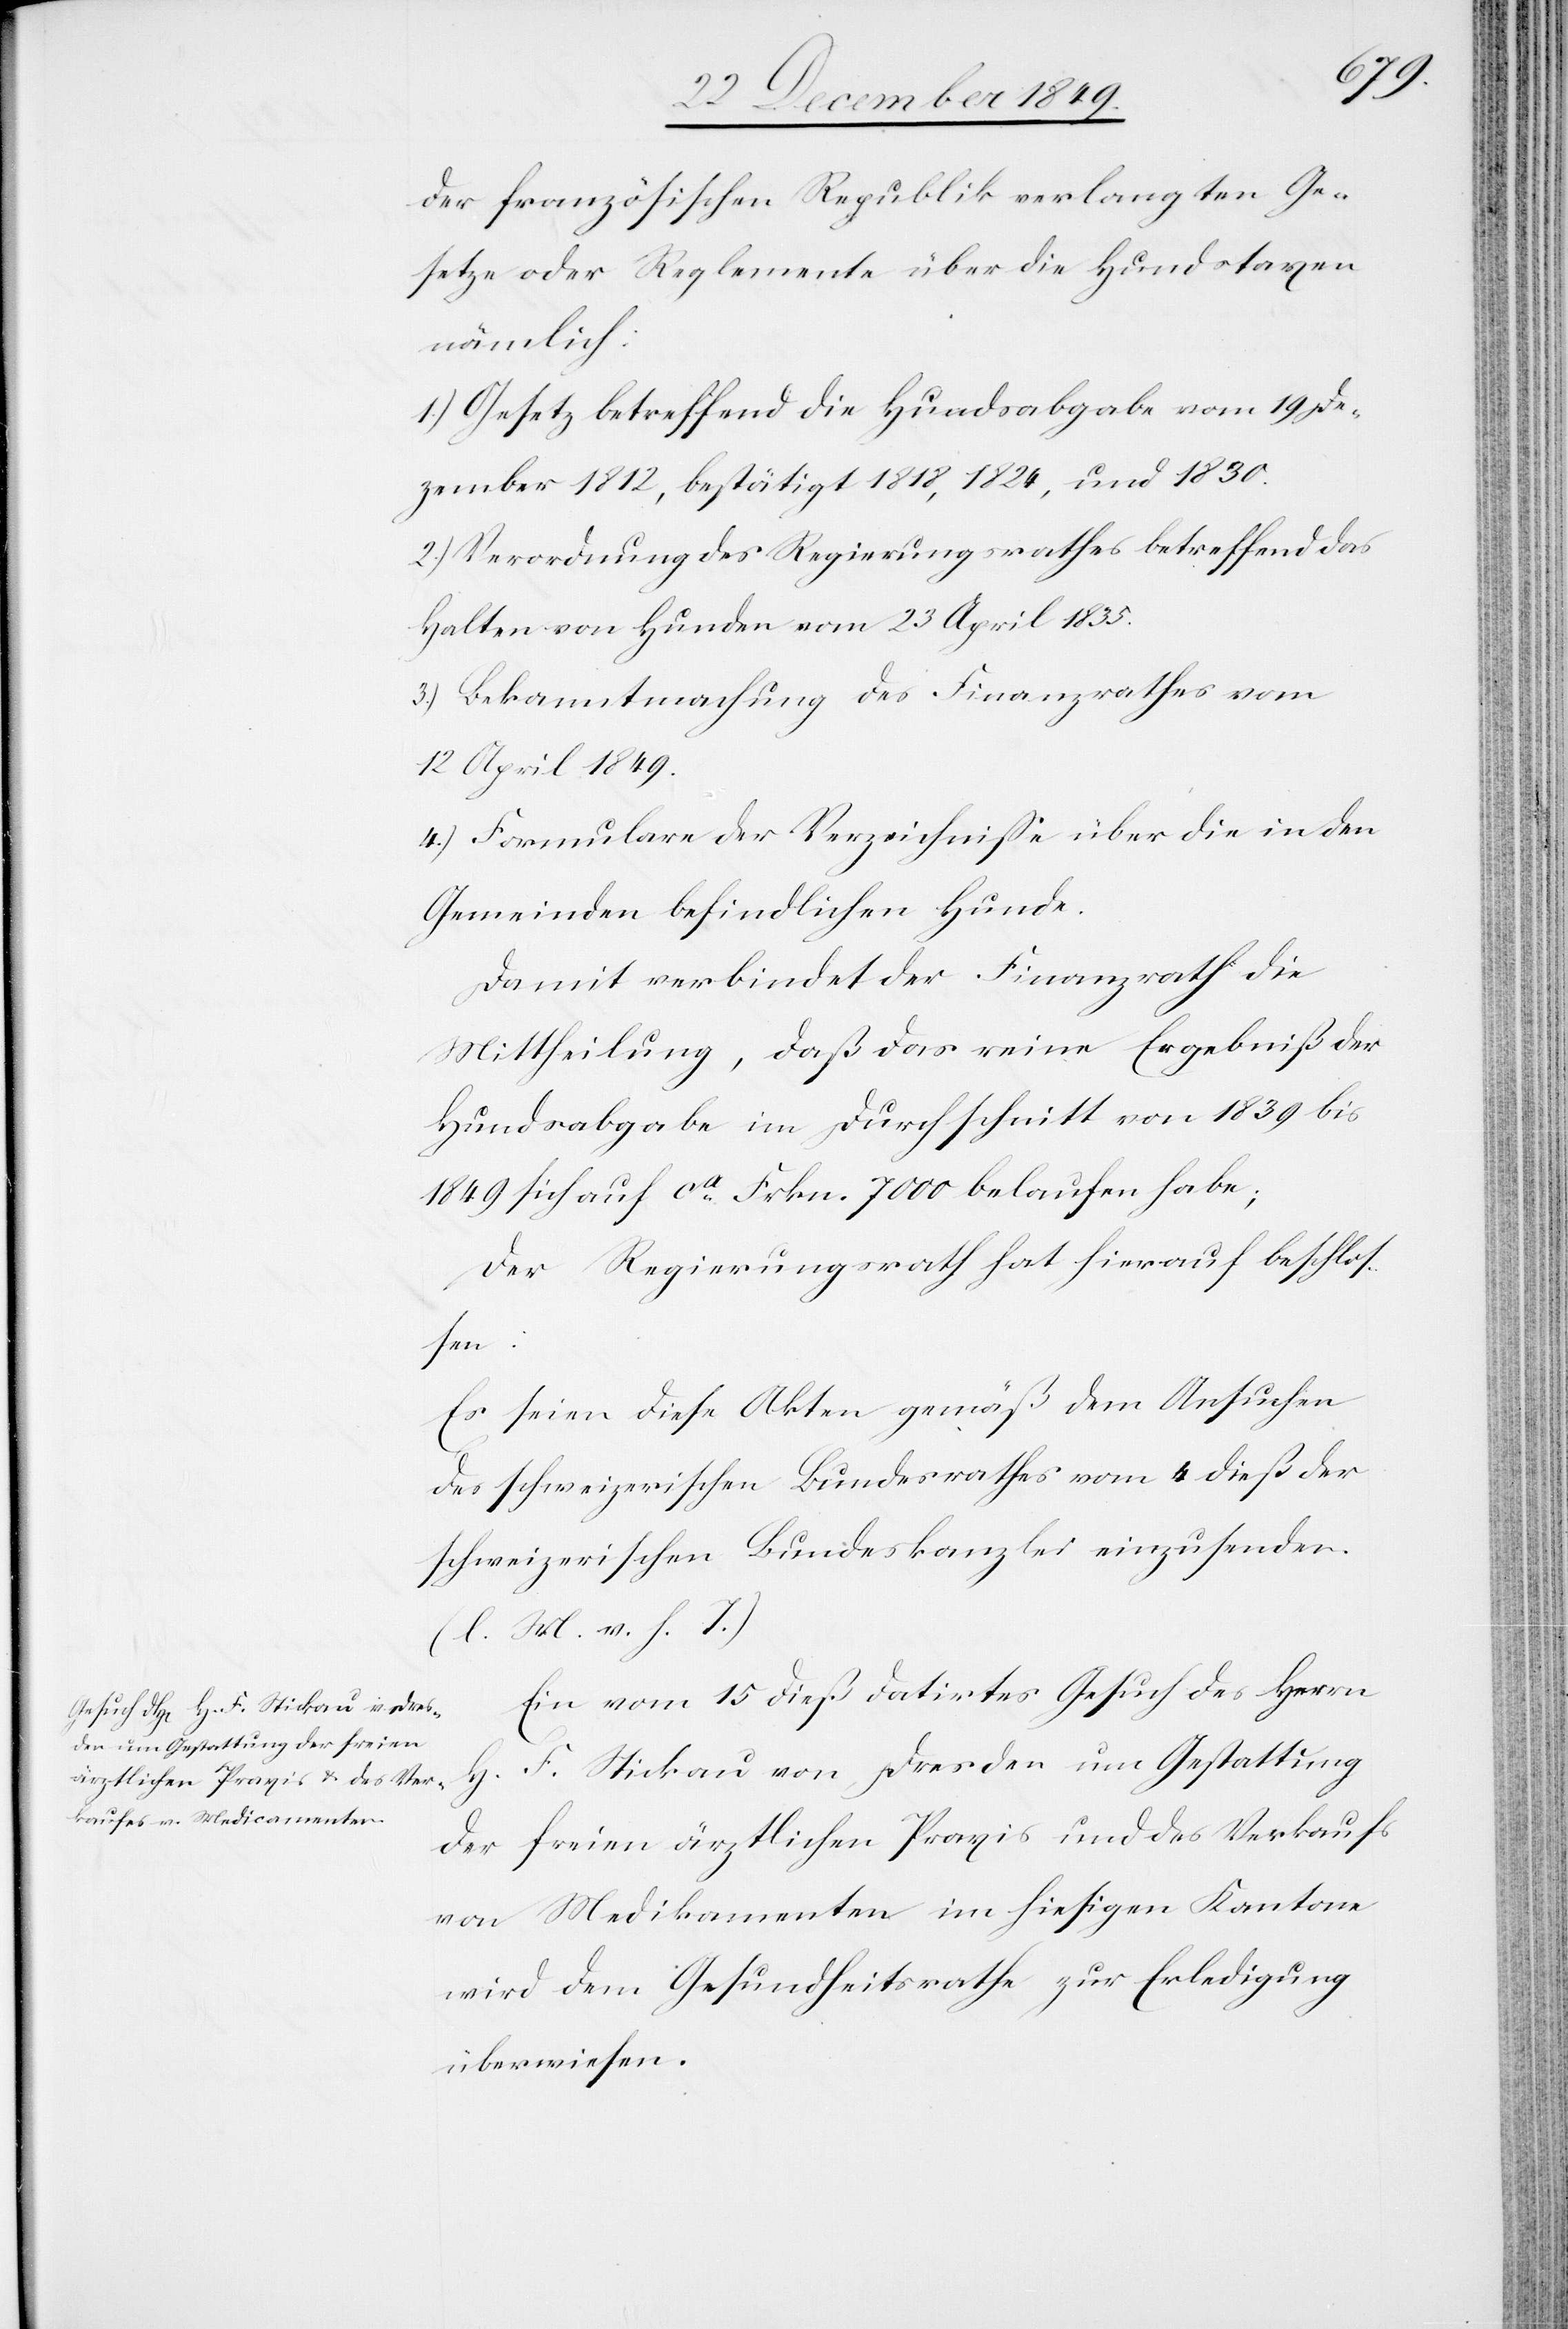
der französischen Republik verlangten Ge¬
setze oder Reglemente über die Hundstaxen
nämlich:
1.) Gesetz betreffend die Hundsabgabe vom 19 De¬
zember 1812, bestätigt 1818, 1824, und 1830.
2.) Verordnung des Regierungsrathes betreffend das
Halten von Hunden vom 23 April 1835.
3.) Bekanntmachung des Finanzrathes vom
12 April 1849.
4.) Formulare der Verzeichniße über die in den
Gemeinden befindlichen Hunde.
Damit verbindet der Finanzrath die
Mittheilung, daß das reine Ergebniße der
Hundsabgabe im Durchschnitt von 1839 bis
1849 auf ca Frkn. 7000 belaufen habe;
Der Regierungsrath hat hierauf beschloß¬
en:
Es seien diese Akten gemäß dem Ansuchen
des schweizerischen Bundesrathes vom 4 dieß der
schweizerischen Bundeskanzlei einzusenden.
[l. M. v. h. T]
Ein vom 15 dieß datirtes Gesuch des Herrn
H. F. Stickau von Dresden um Gestattung
der freien ärztlichen Praxis und des Verkaufs
von Medikamenten im hiesigen Kantone
wird dem Gesundheitsrathe zur Erledigung
überwiesen.